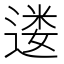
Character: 𫐷